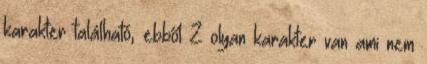
karakter található, ebből 2 olyan karakter van ami nem